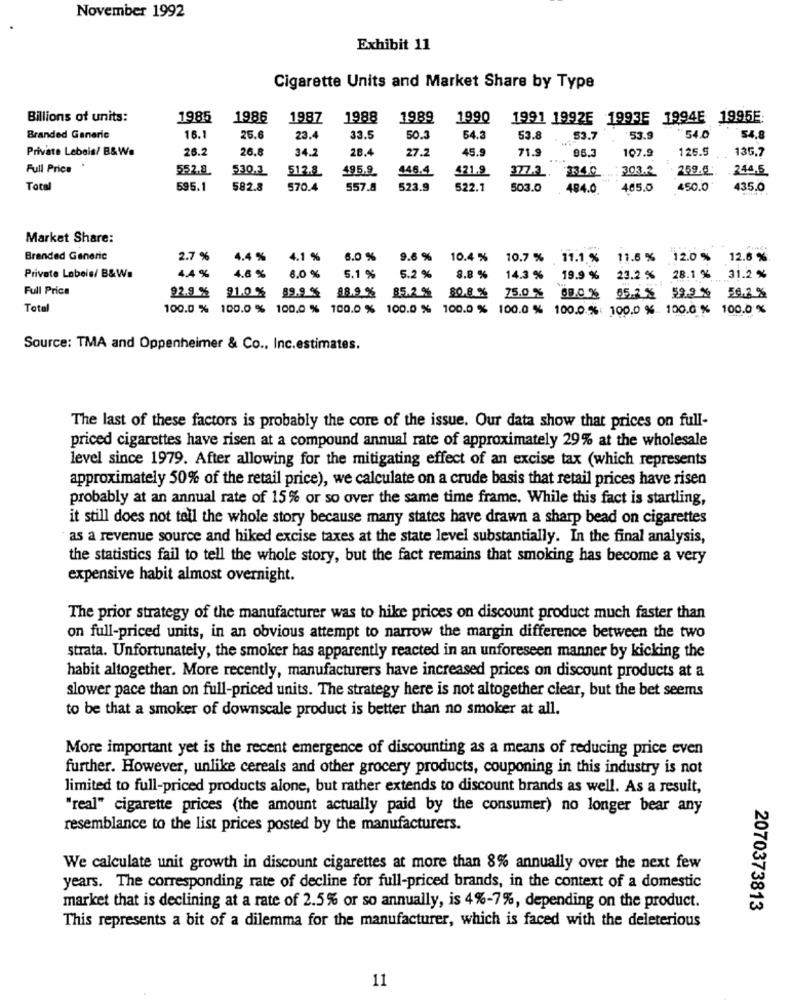
November 1992
Exhibit 11
Cigarette Units and Market Share by Type
Billions of units:
1985
1986
1987
1988
1989
1990
1991 1992E 1993E 1994E 1995E
Branded Generic
16.1
25.6
23.4
33.5
50.3
54.
53.8
53.7
53.9
54.
54.8
Private Lebois/ B&Ws
26.2
26.8
34.2
28.4
27.2
45.9
71.9
96.5
107.9
126.5
135,7
....
Full Price
552.8
530.3
512.8
495.9
446.4
421.9
377.2.
334.0
303.2
259.6
244.5
Total
695.1
582.8
570.4
557.8
523.9
522.1
503.0
484.0
465.5
450.0
435.0
Market Share:
Branded Generic
2.7 %
4.4 %
4.1 %
6.0 %
9.6 %
10.4 %
10.7 % 11.1.%
11.5 % 12.0 %
12.6 %
4.4 %
Private Labele/ B&Wa
4.6 %
6.0 %
5.1 %
5.2 %
8.8 %
14.3 %
19.9 %
23.2 % 28.1 %
31.2 %
Full Price
92.9 %
91.0 %
89.9 %
98.9 %
80.8 %
85.2 %
75.0 %
89.0 % 95.2 % 59.9 %
59.2 %
Total
100.0 % 100.0 % 100.0 % 100.0 % 100.0 % 100.0 % 100.0 % 100.0.%: 100.0 % 100.0 % 100.0 %
Source: TMA and Oppenheimer & Co ., Inc.estimates.
The last of these factors is probably the core of the issue. Our data show that prices on full-
priced cigarettes have risen at a compound annual rate of approximately 29% at the wholesale
level since 1979. After allowing for the mitigating effect of an excise tax (which represents
approximately 50% of the retail price), we calculate on a crude basis that retail prices have risen
probably at an annual rate of 15% or so over the same time frame. While this fact is startling,
it still does not tell the whole story because many states have drawn a sharp bead on cigarettes
as a revenue source and hiked excise taxes at the state level substantially. In the final analysis,
the statistics fail to tell the whole story, but the fact remains that smoking has become a very
expensive habit almost overnight.
The prior strategy of the manufacturer was to hike prices on discount product much faster than
on full-priced units, in an obvious attempt to narrow the margin difference between the two
strata. Unfortunately, the smoker has apparently reacted in an unforeseen manner by kicking the
habit altogether. More recently, manufacturers have increased prices on discount products at a
slower pace than on full-priced units. The strategy here is not altogether clear, but the bet seems
to be that a smoker of downscale product is better than no smoker at all.
More important yet is the recent emergence of discounting as a means of reducing price even
further. However, unlike cereals and other grocery products, couponing in this industry is not
limited to full-priced products alone, but rather extends to discount brands as well. As a result,
"real" cigarette prices (the amount actually paid by the consumer) no longer bear any
resemblance to the list prices posted by the manufacturers.
We calculate unit growth in discount cigarettes at more than 8% annually over the next few
years. The corresponding rate of decline for full-priced brands, in the context of a domestic
market that is declining at a rate of 2.5% or so annually, is 4%-7%, depending on the product.
2070373813
This represents a bit of a dilemma for the manufacturer, which is faced with the deleterious
11